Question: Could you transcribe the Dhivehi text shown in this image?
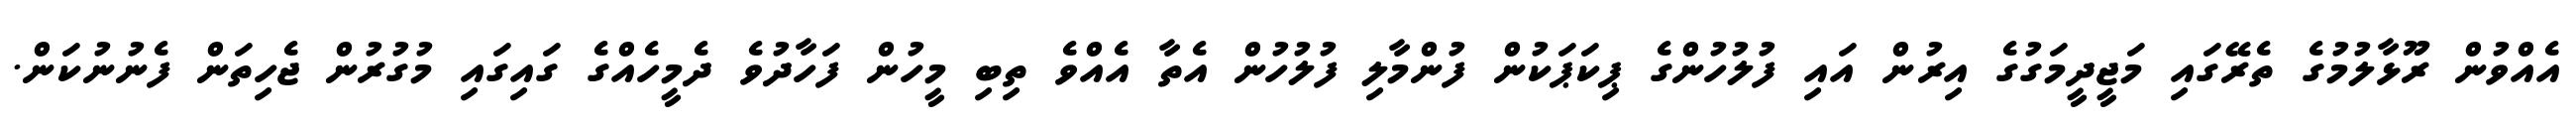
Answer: އެއްވުން ރޫޅާލުމުގެ ތެރޭގައި މަޖީދީމަގުގެ އިރުން އައި ފުލުހުންގެ ޕިކަޕަކުން ފުންމާލި ފުލުހުން އެތާ އެއްވެ ތިބި މީހުން ފަހާދުވެ ދެމީހެއްގެ ގައިގައި މުގުރުން ޖެހިތަން ފެނުނުކަން.